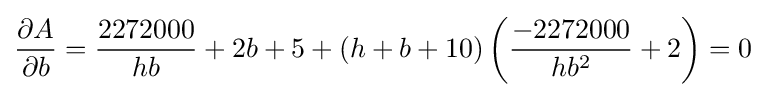
{\frac {\partial A}{\partial b}}={\frac {2272000}{hb}}+2b+5+(h+b+10)\left({\frac {-2272000}{hb^{2}}}+2\right)=0